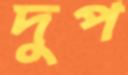
দুপ